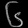
Digit: ၆